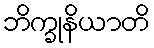
ဘိက္ခုနိယာတိ